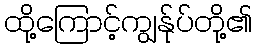
ထို့ကြောင့်ကျွန်ုပ်တို့၏